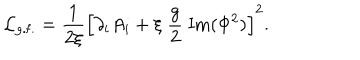
LaTeX: { \cal L } _ { \mathrm { g . f . } } = \frac { 1 } { 2 \xi } \left[ \partial _ { i } A _ { i } + \xi \; \frac { g } { 2 } \; \mathrm { I m } ( \Phi ^ { 2 } ) \right] ^ { 2 } .